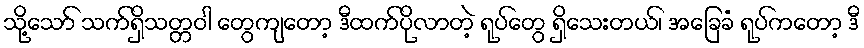
သို့သော် သက်ရှိသတ္တဝါ တွေကျတော့ ဒီထက်ပိုလာတဲ့ ရုပ်တွေ ရှိသေးတယ်၊ အခြေခံ ရုပ်ကတော့ ဒီ